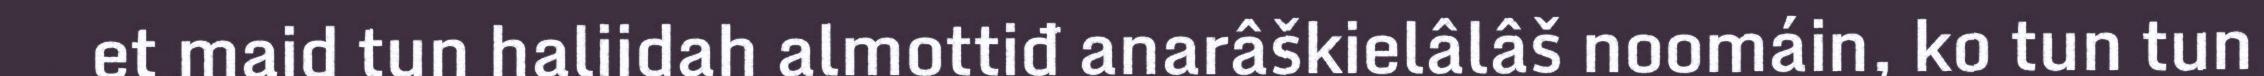
et maid tun halijdah almottiđ anarâškielâlâš noomáin, ko tun tun